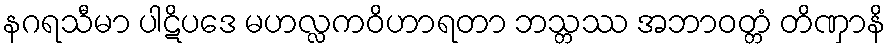
နဂရသီမာ ပါဋိပဒေ မဟလ္လကဝိဟာရတာ ဘသ္တဿ အဘာဝတ္တံ တိဏှာနိ